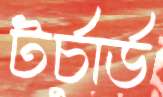
টর্চার্ড